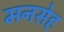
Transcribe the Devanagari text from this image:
मनसेह